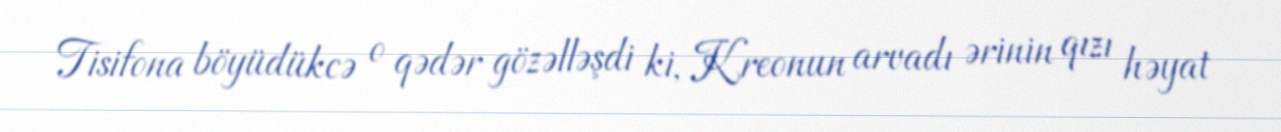
Tisifona böyüdükcə o qədər gözəlləşdi ki, Kreonun arvadı ərinin qızı həyat